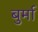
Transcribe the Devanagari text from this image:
बुर्मा